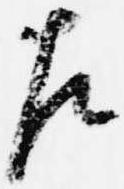
左